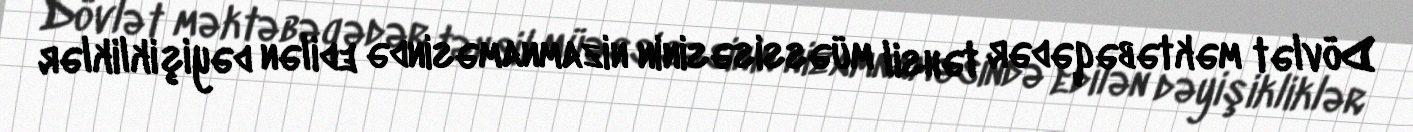
Dövlət məktəbəqədər təhsil müəssisəsinin nizamnaməsində edilən dəyişikliklər